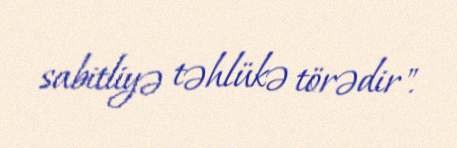
sabitliyə təhlükə törədir".